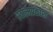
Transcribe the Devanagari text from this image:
स्वात्मप्रकाश